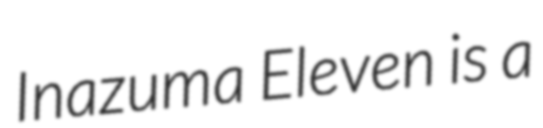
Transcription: Inazuma Eleven is a